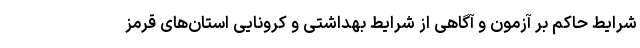
شرایط حاکم بر آزمون و آگاهی از شرایط بهداشتی و کرونایی استان‌های قرمز